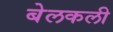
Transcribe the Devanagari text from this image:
बेलकली